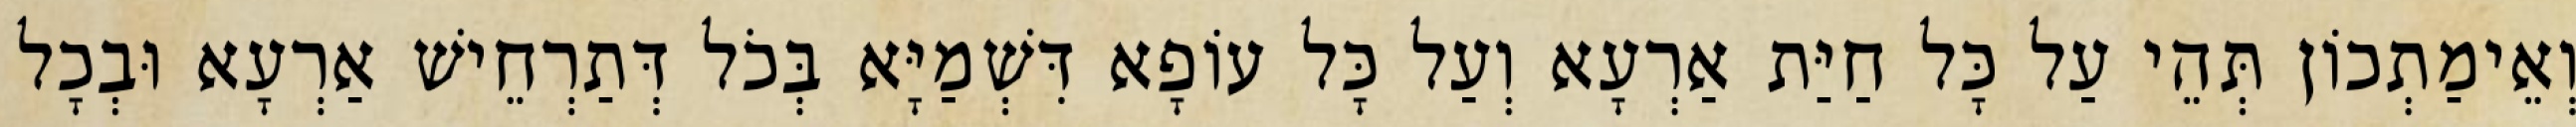
וְאֵימַתְכוֹן תְּהֵי עַל כָּל חַיַּת אַרְעָא וְעַל כָּל עוֹפָא דִּשְׁמַיָּא בְּכֹל דְּתַרְחֵישׁ אַרְעָא וּבְכָל